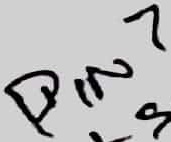
Text: PIN7